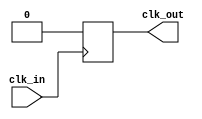
`timescale 1ns / 1ps

module SlowClock_100Hz(

   input clk_in, 
    output reg clk_out 
    );
    
    reg[20:0] period_count = 0;
    
    always @(posedge clk_in)
        if(period_count != 25000000 - 1) 
            begin
                period_count <= period_count + 1; 
                clk_out <=0; 
            end
        else
            begin
                period_count <=0; 
                clk_out <= 1; 
            end
    endmodule